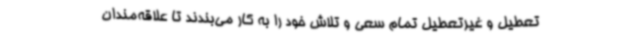
تعطیل و غیرتعطیل تمام سعی و تلاش خود را به کار می‌بندند تا علاقه‌مندان